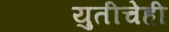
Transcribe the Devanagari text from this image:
युतीचेही